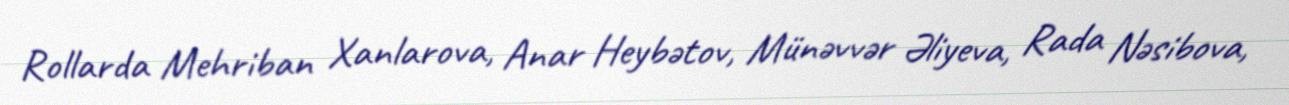
Rollarda Mehriban Xanlarova, Anar Heybətov, Münəvvər Əliyeva, Rada Nəsibova,